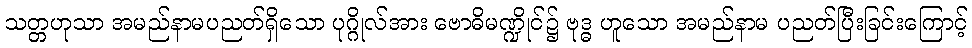
သတ္တဟုသာ အမည်နာမပညတ်ရှိသော ပုဂ္ဂိုလ်အား ဗောဓိမဏ္ဍိုင်၌ ဗုဒ္ဓ ဟူသော အမည်နာမ ပညတ်ပြီးခြင်းကြောင့်